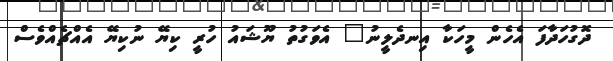
ދޮގުހަދާފަ އެހެން މީހަކާ އިނދެލީނު" އެވަގުތު ޔޫޝައު ހުރީ ކިޔޭ ނުކިޔޭ އެއްޗެއްވެސް